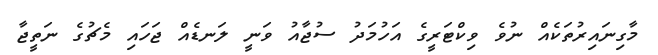
މާގިނައިރުތަކެއް ނުވެ ވިކްޓަރީގެ އަހުމަދު ސުޖާއު ވަނީ ލަނޑެއް ޖަހައި މެޗުގެ ނަތީޖާ